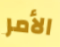
الأمر